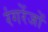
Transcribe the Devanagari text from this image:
रंगरेंजों